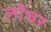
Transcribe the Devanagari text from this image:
लॉंचर